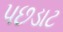
પછડાટ